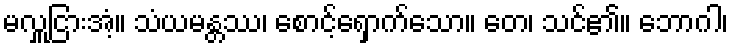
မလှူငြားအံ့။ သံယမန္တဿ၊ စောင့်ရှောက်သော။ တေ၊ သင်၏။ ဘောဂါ၊